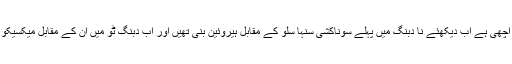
ویسے بھی بالی وڈ کے خانوں کی قسمت اچھی ہے اب دیکھئے نا دبنگ میں پہلے سوناکشی سنہا سلو کے مقابل ہیروئین بنی تھیں اور اب دبنگ ٹو میں ان کے مقابل میکسیکو کی مس یونیورس ہیروئین بننے والی ہیں۔